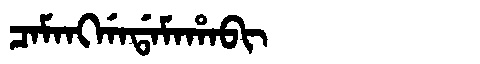
Manchu: ᠴᠠᠮᠠᠩᡤᠠᡩᠠᠮᠠᡥᠠᠪᡳ
Romanization: CAMANGGADAMAHABI